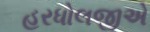
હરધોલજીએ